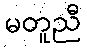
မတူညီ